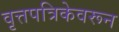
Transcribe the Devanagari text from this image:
वृत्तपत्रिकेवरून